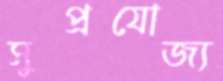
সুপ্রযোজ্য